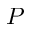
P